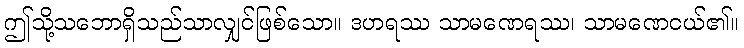
ဤသို့သဘောရှိသည်သာလျှင်ဖြစ်သော။ ဒဟရဿ သာမဏေရဿ၊ သာမဏေငယ်၏။